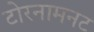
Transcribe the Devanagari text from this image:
टोरनामनट